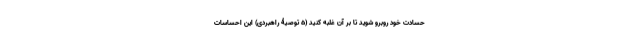
حسادت خود روبرو شوید تا بر آن غلبه کنید (5 توصیۀ راهبردی) این احساسات